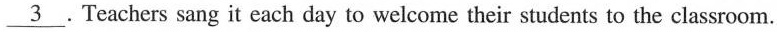
\underline{3} . Teachers sang it each day to welcome their students to the classroom.